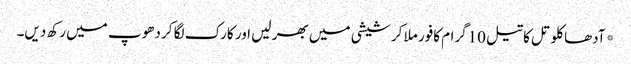
*آدھا کلو تل کا تیل 10گرام کافور ملا کر شیشی میں بھر لیں اور کارک لگا کر دھوپ میں رکھ دیں۔